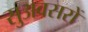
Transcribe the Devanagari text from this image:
सुअवसरों